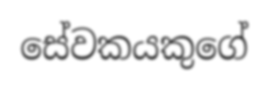
සේවකයකුගේ